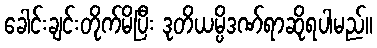
ခေါင်းချင်းတိုက်မိပြီး ဒုတိယမ္ပိဒဏ်ရာဆိုရပါမည်။